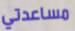
مساعدتي